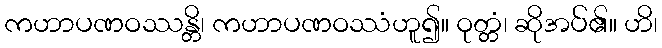
ကဟာပဏဝဿန္တိ၊ ကဟာပဏဝဿံဟူ၍။ ဝုတ္တံ၊ ဆိုအပ်၏။ ဟိ၊